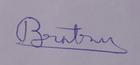
Signature authenticity: genuine